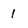
Character: 1